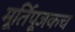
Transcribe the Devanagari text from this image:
मूर्तिपूजकच